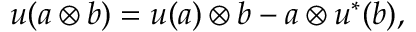
u ( a \otimes b ) = u ( a ) \otimes b - a \otimes u ^ { * } ( b ) ,